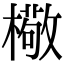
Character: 㯳